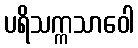
ပရိသက္ကသာဝေါ